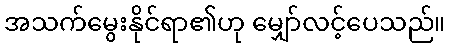
အသက်မွေးနိုင်ရာ၏ဟု မျှော်လင့်ပေသည်။